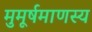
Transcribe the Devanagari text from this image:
मुमूर्षमाणस्य